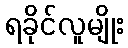
ရခိုင်လူမျိုး